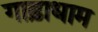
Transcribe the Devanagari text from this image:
गाढ़ाधाम